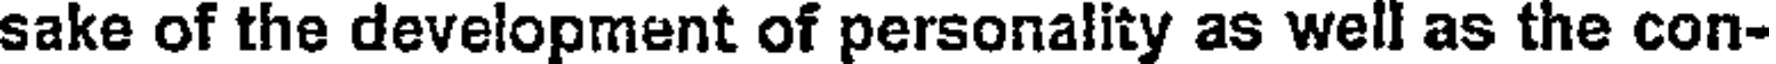
sake of the development of personality as well as the con-